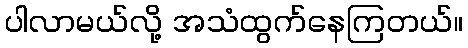
ပါလာမယ်လို့ အသံထွက်နေကြတယ်။